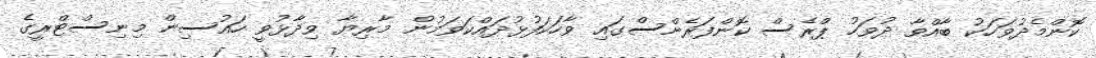
ކޮންމެދުވަހަކު ބާއްވާ ދުވަހު ޕްރެސް ކޮންފަރެންސްގައި ވާހަކަފުޅުދައްކަވަމުން މާރިޔާ ވިދާޅުވީ ހައުސިން މިނިސްޓްރީގެ